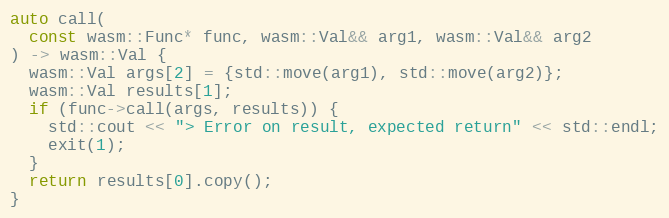
Language: C++
auto call(
  const wasm::Func* func, wasm::Val&& arg1, wasm::Val&& arg2
) -> wasm::Val {
  wasm::Val args[2] = {std::move(arg1), std::move(arg2)};
  wasm::Val results[1];
  if (func->call(args, results)) {
    std::cout << "> Error on result, expected return" << std::endl;
    exit(1);
  }
  return results[0].copy();
}